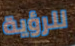
للرؤية